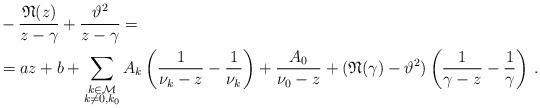
LaTeX: \begin{align*} &-\frac{\mathfrak{N}(z)}{z-\gamma} + \frac{\vartheta^2}{z-\gamma} = \\&=a z + b + \sum_{\substack{k \in \mathcal{M}\\ k \ne0,k_0}} A_{k}\left(\frac{1}{\nu_k - z}-\frac{1}{\nu_k}\right) + \frac{A_0}{\nu_0-z} + (\mathfrak{N}(\gamma)-\vartheta^2)\left(\frac{1}{\gamma - z}-\frac{1}{\gamma}\right)\,.\end{align*}